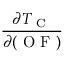
\frac { \partial T _ { \mathrm { ~ C ~ } } } { \partial ( \mathrm { ~ O ~ F ~ } ) }